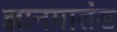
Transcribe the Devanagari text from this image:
ज्ञानमातंड